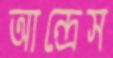
আন্দ্রেস